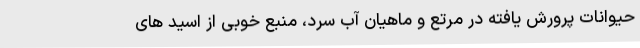
حیوانات پرورش یافته در مرتع و ماهیان آب سرد، منبع خوبی از اسید های